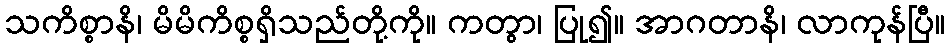
သကိစ္စာနိ၊ မိမိကိစ္စရှိသည်တို့ကို။ ကတွာ၊ ပြု၍။ အာဂတာနိ၊ လာကုန်ပြီ။